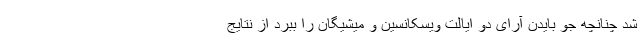
شد چنانچه جو بایدن آرای دو ایالت ویسکانسین و میشیگان را ببرد از نتایج